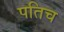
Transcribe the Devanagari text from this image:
पतिच